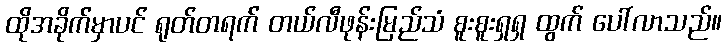
ထိုအခိုက်မှာပင် ရုတ်တရက် တယ်လီဖုန်းမြည်သံ စူးစူးရှရှ ထွက် ပေါ်လာသည်။